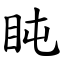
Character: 盹